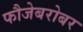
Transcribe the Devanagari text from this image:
फौजेबरोबर